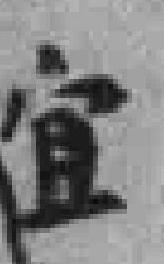
宜